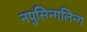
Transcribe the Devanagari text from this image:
नपुसिन्गलिन्ग